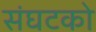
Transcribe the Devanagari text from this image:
संघटको